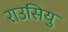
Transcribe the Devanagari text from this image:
राउसियु